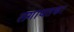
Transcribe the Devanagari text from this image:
लगायतका